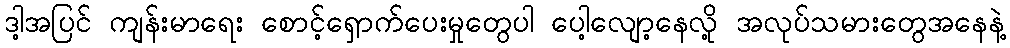
ဒါ့အပြင် ကျန်းမာရေး စောင့်ရှောက်ပေးမှုတွေပါ ပေါ့လျော့နေလို့ အလုပ်သမားတွေအနေနဲ့